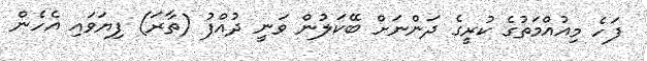
ފަހެ މިއުއްމަތުގެ ކުރީގެ ދަންނަށް ބޭކަލުން ވަނީ ދުއްފު (ތާރަ) ފިޔަވައި އެހެން